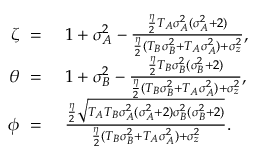
\begin{array} { r l } { \zeta ~ = } & { { } ~ 1 + \sigma _ { A } ^ { 2 } - \frac { \frac { \eta } { 2 } T _ { A } \sigma _ { A } ^ { 2 } ( \sigma _ { A } ^ { 2 } + 2 ) } { \frac { \eta } { 2 } ( T _ { B } \sigma _ { B } ^ { 2 } + T _ { A } \sigma _ { A } ^ { 2 } ) + \sigma _ { z } ^ { 2 } } , } \\ { \theta ~ = } & { { } ~ 1 + \sigma _ { B } ^ { 2 } - \frac { \frac { \eta } { 2 } T _ { B } \sigma _ { B } ^ { 2 } ( \sigma _ { B } ^ { 2 } + 2 ) } { \frac { \eta } { 2 } ( T _ { B } \sigma _ { B } ^ { 2 } + T _ { A } \sigma _ { A } ^ { 2 } ) + \sigma _ { z } ^ { 2 } } , } \\ { \phi ~ = } & { { } ~ \frac { \frac { \eta } { 2 } \sqrt { T _ { A } T _ { B } \sigma _ { A } ^ { 2 } ( \sigma _ { A } ^ { 2 } + 2 ) \sigma _ { B } ^ { 2 } ( \sigma _ { B } ^ { 2 } + 2 ) } } { \frac { \eta } { 2 } ( T _ { B } \sigma _ { B } ^ { 2 } + T _ { A } \sigma _ { A } ^ { 2 } ) + \sigma _ { z } ^ { 2 } } . } \end{array}